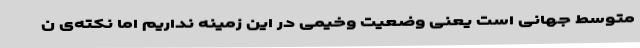
متوسط جهانی است یعنی وضعیت وخیمی در این زمینه نداریم اما نکته‌ی ن